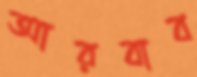
আরবাব